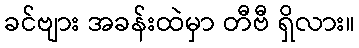
ခင်ဗျား အခန်းထဲမှာ တီဗီ ရှိလား။